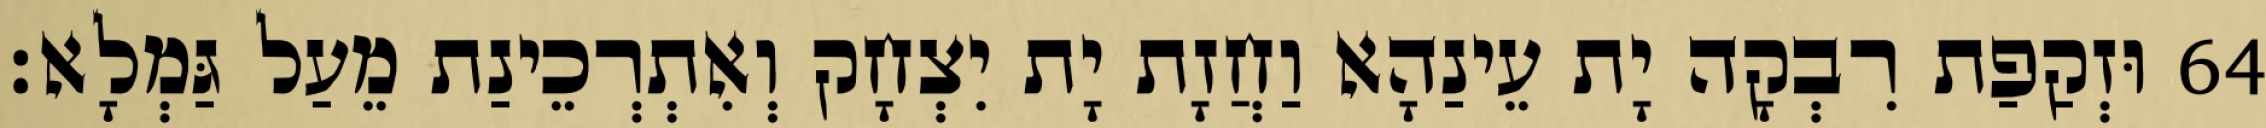
64 וּזְקַפַת רִבְקָה יָת עֵינַהָא וַחֲזָת יָת יִצְחָק וְאִתְרְכֵינַת מֵעַל גַּמְלָא׃